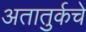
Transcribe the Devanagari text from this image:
अतातुर्कचे